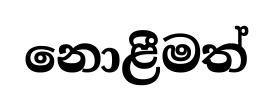
නොළීමත්